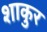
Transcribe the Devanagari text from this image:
शाकुर